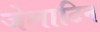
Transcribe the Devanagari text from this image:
जेलाटिन